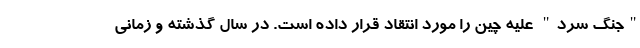
"جنگ سرد" علیه چین را مورد انتقاد قرار داده است. در سال گذشته و زمانی